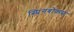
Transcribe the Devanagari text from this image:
स्प्रिंगबोकस